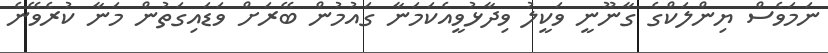
ނަމަވެސް ޔިންލަކްގެ ގާނޫނީ ވަކީލު ވިދާޅުވީއެކަމަނާ ގައުމުން ބޭރަށް ވަޑައިގަތުން މަނާ ކުރެވޭނެ